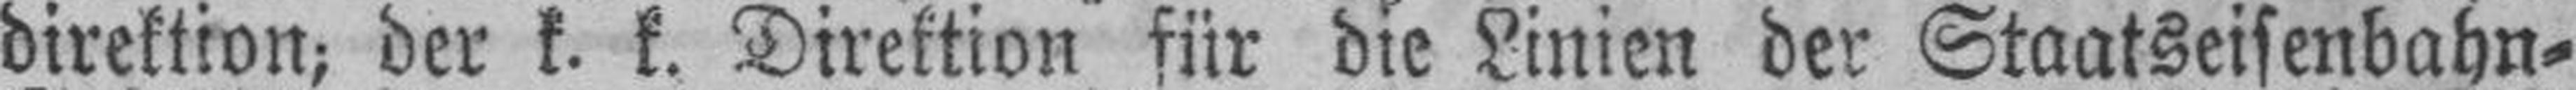
direktion; der k. k. Direktion für die Linien der Staatseisenbahn=